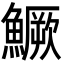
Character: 鱖